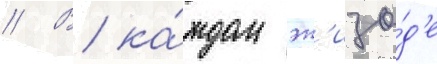
// В ка́ждом эп'изо́д'е